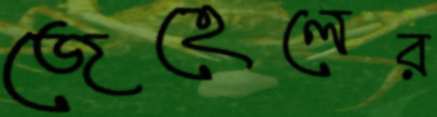
জেহেলের